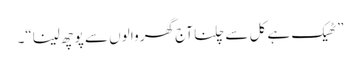
”ٹھیک ہے کل سے چلنا آج گھر وا لوں سے پو چھ لینا“۔